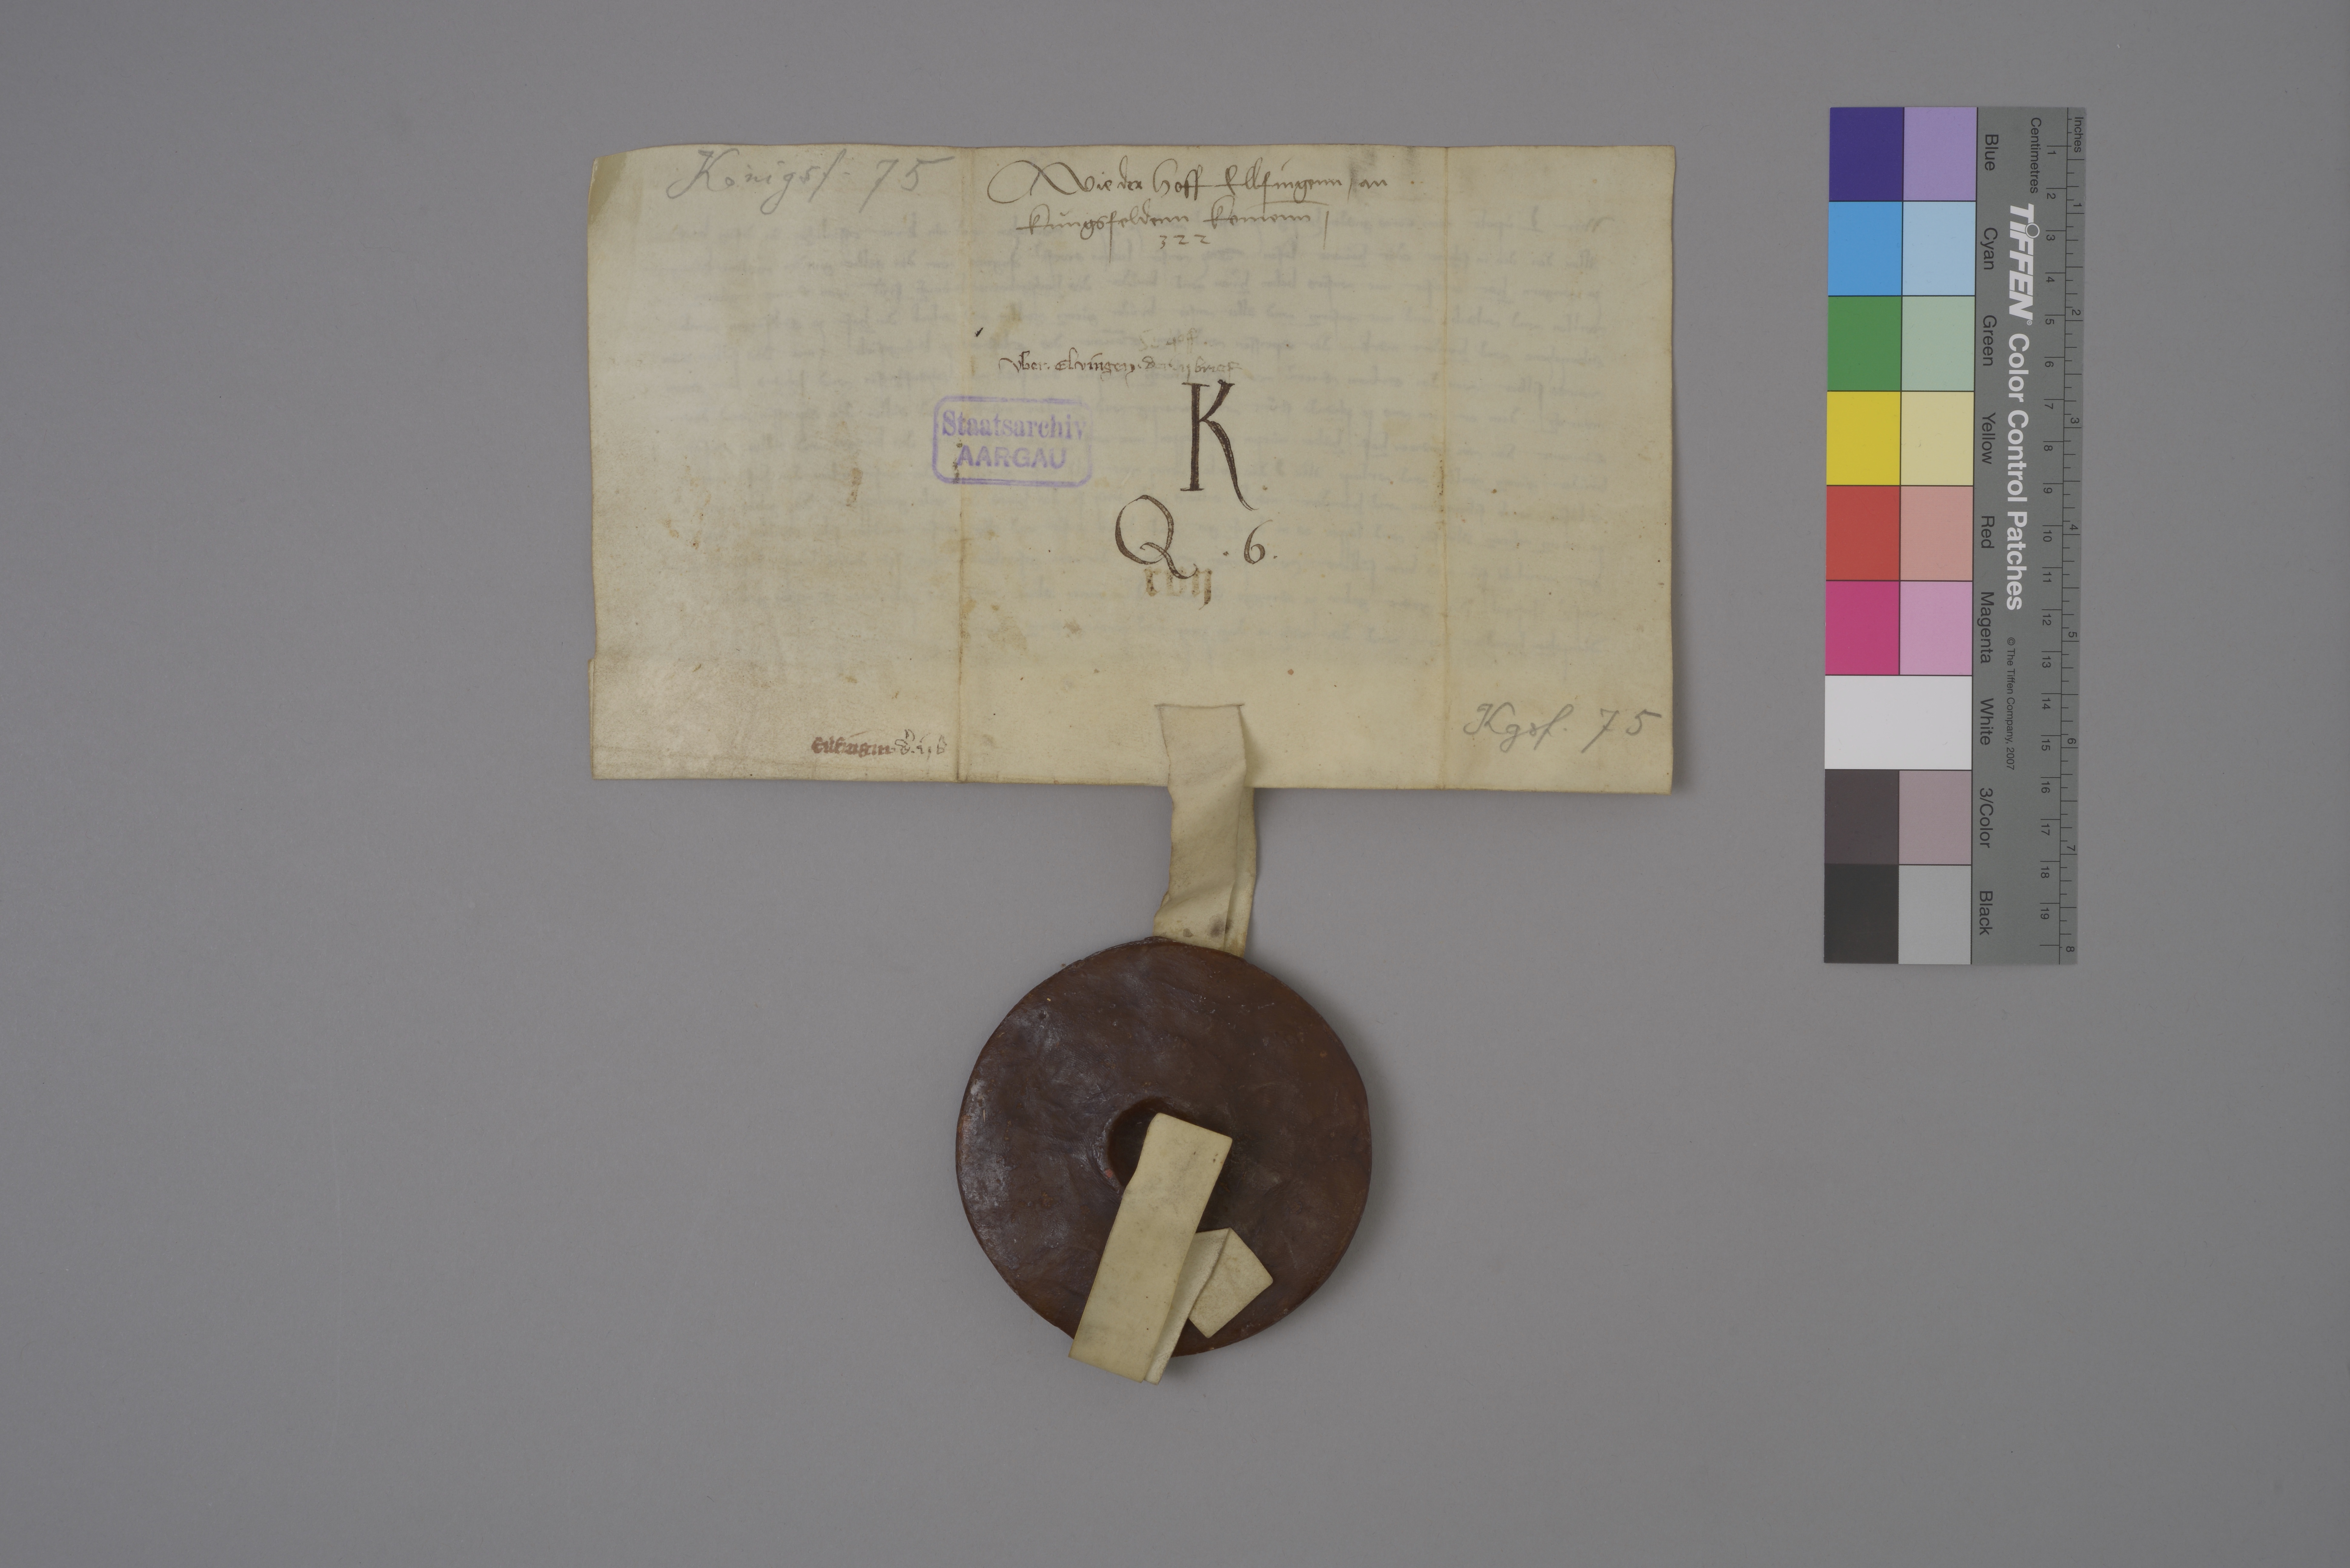
Königsf. 75

wie der hoff Ellfingenn ✳ an
Kùngsfeldenn komēnn ✳

322

der hoff

uber ✳ Elvingen ✳

der ij brief

K ✳
Q ✳ 6 ✳

Staatsarchiv
AARGAU

xvij

Kgsf. 75

Ellfingin ✳

dˀ ✳ ij b